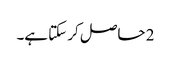
2 حاصل کر سکتا ہے۔